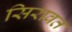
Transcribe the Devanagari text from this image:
सिरावत